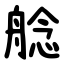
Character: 艌